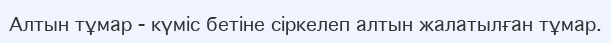
Алтын тұмар - күміс бетіне сіркелеп алтын жалатылған тұмар.